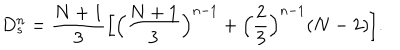
D _ { s } ^ { n } = \frac { N + 1 } { 3 } \Bigl [ \Bigl ( \frac { N + 1 } { 3 } \Bigr ) ^ { n - 1 } + \Bigl ( \frac { 2 } { 3 } \Bigr ) ^ { n - 1 } ( N - 2 ) \Bigr ] .